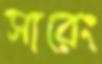
সারেং